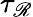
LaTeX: \tau_{\mathscr{R}}